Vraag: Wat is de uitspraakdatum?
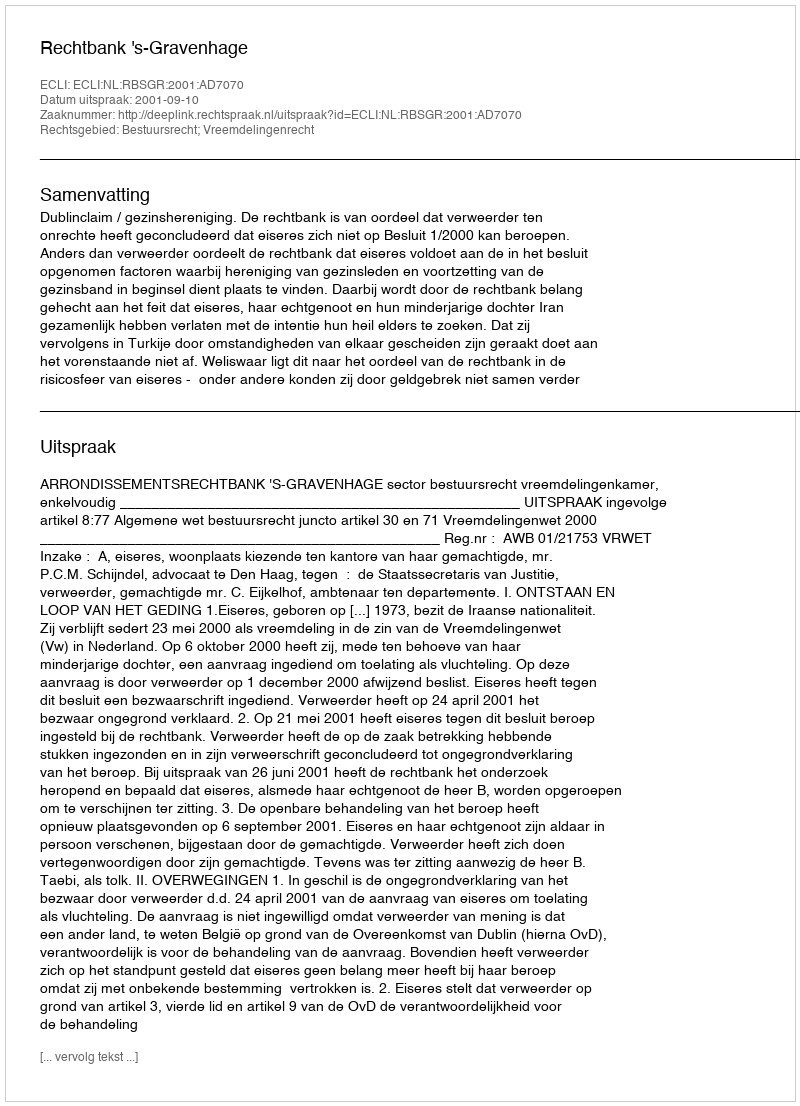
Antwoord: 2001-09-10